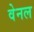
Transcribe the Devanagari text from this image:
वेनल